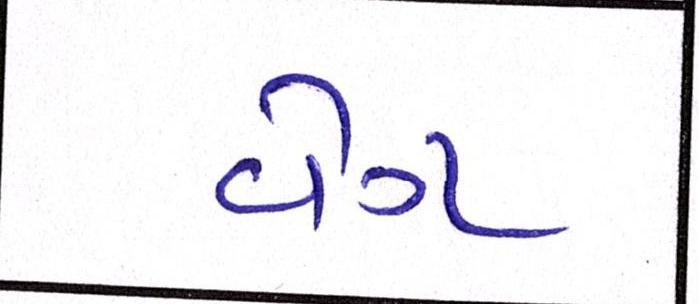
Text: વેગ